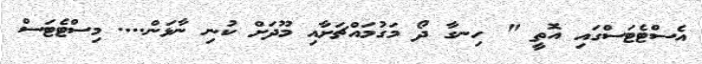
އެސްޓެޓަސްގައި އޮތީ " ހިނގާ ދޯ މަގުމައްޗަށާއި މޫދަށް ކުނި ނާޅަން.... މިސްޓެޓަސް